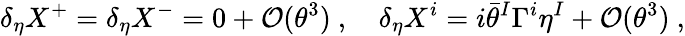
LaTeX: \delta_{\eta}X^{+}=\delta_{\eta}X^{-}=0+{\mathcal O}(\theta^{3})~,~~~~\delta_{\eta}X^{i}=i\bar{\theta}^{I}\Gamma^{i}\eta^{I}+{\mathcal O}(\theta^{3})~,